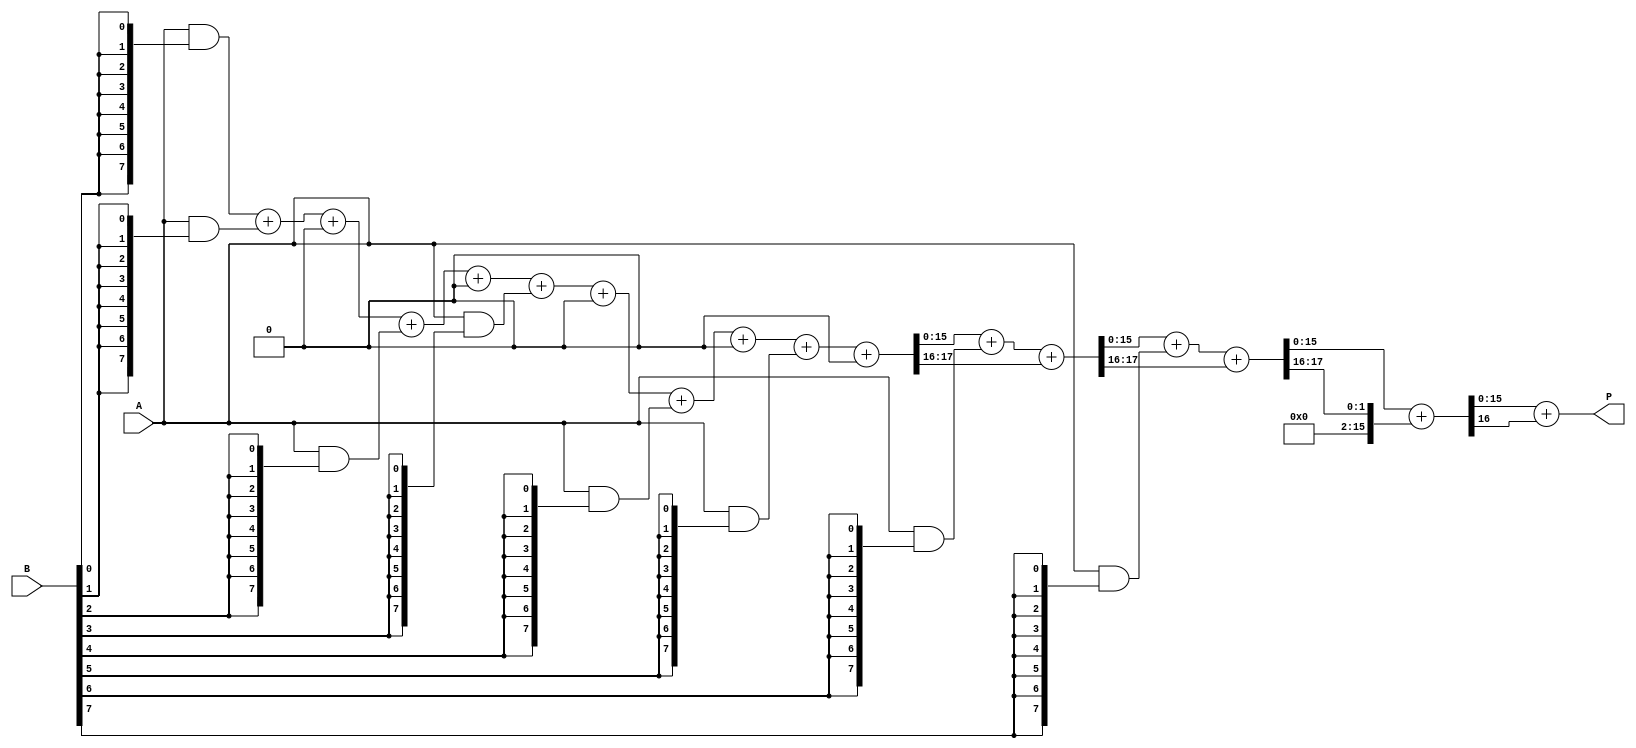
module variable_length_wallace_tree_multiplier #(
    parameter WIDTH_A = 8,  // Width of input A
    parameter WIDTH_B = 8   // Width of input B
)(
    input [WIDTH_A-1:0] A,  // Multiplicand
    input [WIDTH_B-1:0] B,  // Multiplier
    output reg [WIDTH_A + WIDTH_B - 1:0] P // Product
);

    // Partial product generation
    wire [WIDTH_A-1:0] pp[WIDTH_B-1:0]; // Partial products

    genvar i;
    generate
        for (i = 0; i < WIDTH_B; i = i + 1) begin : pp_gen
            assign pp[i] = A & {WIDTH_A{B[i]}}; // AND operation to generate partial products
        end
    endgenerate

    // Wallace tree reduction
    wire [WIDTH_A + WIDTH_B - 1:0] sum[WIDTH_B-1:0];
    wire [WIDTH_A + WIDTH_B - 1:0] carry[WIDTH_B-1:0];

    // Initial stage of reduction
    generate
        for (i = 0; i < WIDTH_B; i = i + 1) begin : reduction_stage
            if (i == 0) begin
                assign sum[i] = pp[i];
                assign carry[i] = 0;
            end else begin
                // Full adder for three inputs
                wire [WIDTH_A + WIDTH_B - 1:0] temp_sum;
                wire [WIDTH_A + WIDTH_B - 1:0] temp_carry;

                // Add previous sum and current partial product
                assign {temp_carry, temp_sum} = sum[i-1] + pp[i] + carry[i-1];
                assign sum[i] = temp_sum;
                assign carry[i] = temp_carry;
            end
        end
    endgenerate

    // Final addition of the last two sums
    wire [WIDTH_A + WIDTH_B - 1:0] final_sum;
    wire [WIDTH_A + WIDTH_B - 1:0] final_carry;

    assign {final_carry, final_sum} = sum[WIDTH_B-1] + carry[WIDTH_B-1];

    // Output the final product
    always @(*) begin
        P = final_sum + final_carry; // Final product
    end

endmodule